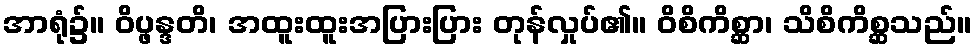
အာရုံ၌။ ဝိပ္ဖန္ဒတိ၊ အထူးထူးအပြားပြား တုန်လှုပ်၏။ ဝိစိကိစ္ဆာ၊ သိစိကိစ္ဆသည်။